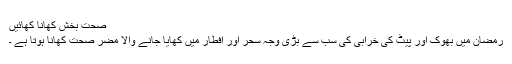
صحت بخش کھانا کھائیں
رمضان میں بھوک اور پیٹ کی خرابی کی سب سے بڑی وجہ سحر اور افطار میں کھایا جانے والا مضر صحت کھانا ہوتا ہے ۔